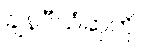
ချန်ပီယံဆုကို